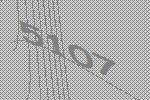
5107